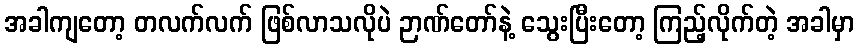
အခါကျတော့ တလက်လက် ဖြစ်လာသလိုပဲ ဉာဏ်တော်နဲ့ သွေးပြီးတော့ ကြည့်လိုက်တဲ့ အခါမှာ